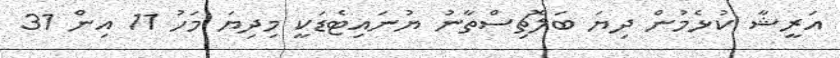
އަރީޝާ ކުޅެމުން ދިޔަ ބަލޮޗިސްތާނު ޔުނައިޓެޑަކީ މިދިޔަ މަހު 11 އިން 31